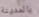
بالمدينة